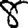
Digit: 8